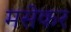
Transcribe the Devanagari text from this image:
मसेकर